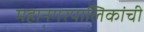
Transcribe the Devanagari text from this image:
महानगरपालिकांची